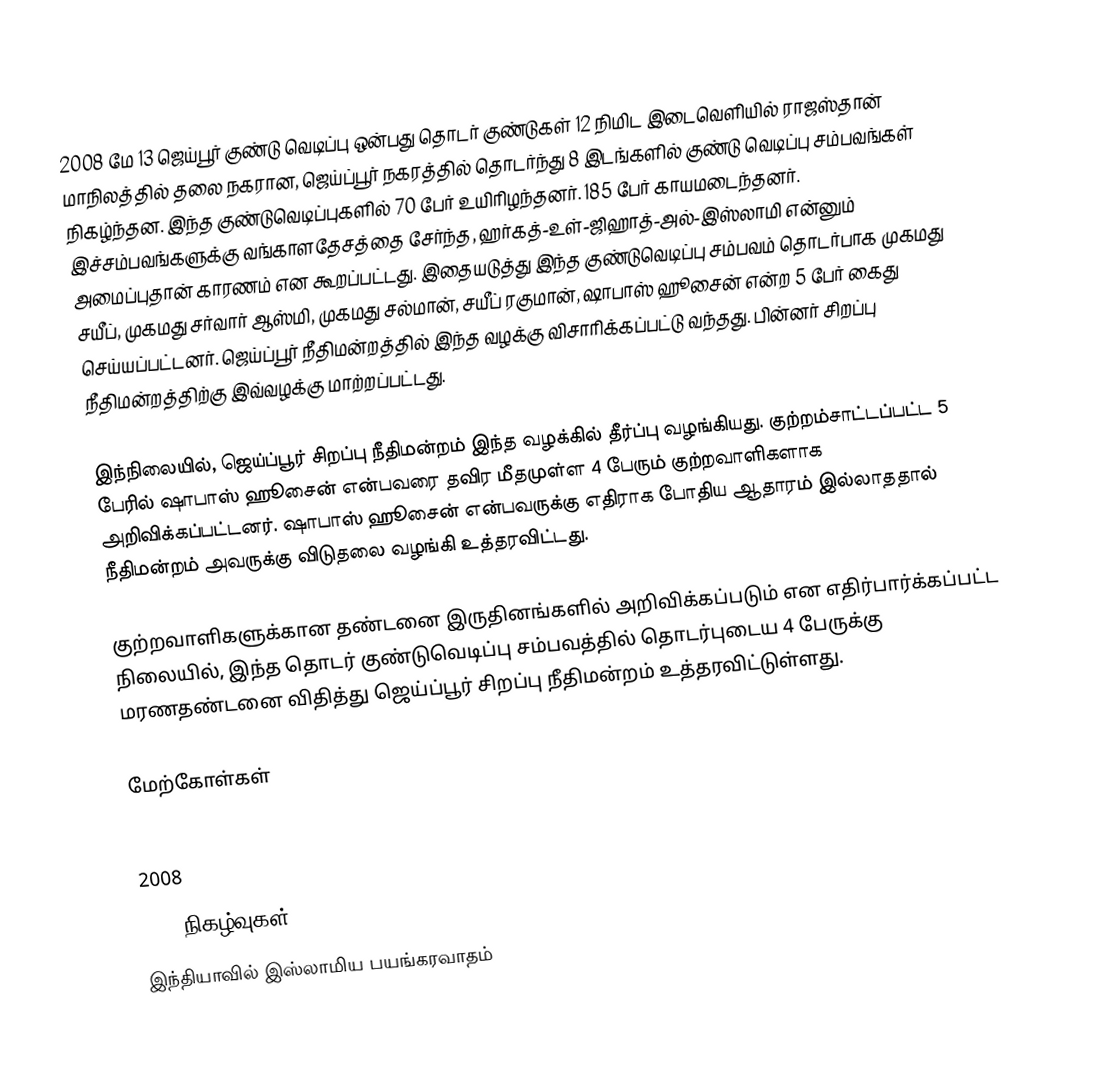
2008 மே 13 ஜெய்பூர் குண்டு வெடிப்பு ஒன்பது தொடர் குண்டுகள் 12 நிமிட இடைவெளியில் ராஜஸ்தான் மாநிலத்தில் தலை நகரான, ஜெய்ப்பூர் நகரத்தில் தொடர்ந்து 8 இடங்களில் குண்டு வெடிப்பு சம்பவங்கள் நிகழ்ந்தன. இந்த குண்டுவெடிப்புகளில் 70 பேர் உயிரிழந்தனர். 185 பேர் காயமடைந்தனர். இச்சம்பவங்களுக்கு வங்காளதேசத்தை சேர்ந்த, ஹர்கத்-உள்-ஜிஹாத்-அல்-இஸ்லாமி என்னும் அமைப்புதான் காரணம் என கூறப்பட்டது. இதையடுத்து இந்த குண்டுவெடிப்பு சம்பவம் தொடர்பாக முகமது சயீப், முகமது சர்வார் ஆஸ்மி, முகமது சல்மான், சயீப் ரகுமான், ஷாபாஸ் ஹூசைன் என்ற 5 பேர் கைது செய்யப்பட்டனர். ஜெய்ப்பூர் நீதிமன்றத்தில் இந்த வழக்கு விசாரிக்கப்பட்டு வந்தது. பின்னர் சிறப்பு நீதிமன்றத்திற்கு இவ்வழக்கு மாற்றப்பட்டது.

இந்நிலையில், ஜெய்ப்பூர் சிறப்பு நீதிமன்றம்  இந்த வழக்கில் தீர்ப்பு வழங்கியது. குற்றம்சாட்டப்பட்ட 5 பேரில் ஷாபாஸ் ஹூசைன் என்பவரை தவிர மீதமுள்ள 4 பேரும் குற்றவாளிகளாக அறிவிக்கப்பட்டனர். ஷாபாஸ் ஹூசைன் என்பவருக்கு எதிராக போதிய ஆதாரம் இல்லாததால் நீதிமன்றம் அவருக்கு விடுதலை வழங்கி உத்தரவிட்டது.

குற்றவாளிகளுக்கான தண்டனை இருதினங்களில் அறிவிக்கப்படும் என எதிர்பார்க்கப்பட்ட நிலையில், இந்த தொடர் குண்டுவெடிப்பு சம்பவத்தில் தொடர்புடைய 4  பேருக்கு மரணதண்டனை விதித்து ஜெய்ப்பூர் சிறப்பு நீதிமன்றம் உத்தரவிட்டுள்ளது.

மேற்கோள்கள்

2008
2008 நிகழ்வுகள்
இந்தியாவில் இஸ்லாமிய பயங்கரவாதம்